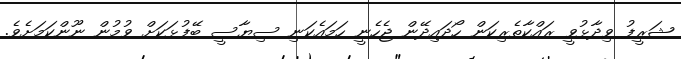
ޝަރީފު ވިދާޅުވީ ރައްކާތެރިކަން ހޯދައިދޭން ޖެހެނީ ހަމައެކަނި ސިޔާސީ ބޭފުޅަކަށް ވުމުން ނޫންކަމަށެވެ.